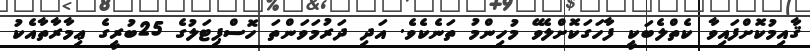
ޤާއިމުކޮށްފައިވާ ކެތްލެބަކީ ފާހަގަކޮށްލެވޭ މުހިންމު ތަނެކެވެ. އަދި ދަރުމަވަންތަ ހޮސްޕިޓަލުގެ 25ބުރީގެ ޢިމާރާތާއެކު